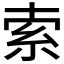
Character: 索